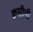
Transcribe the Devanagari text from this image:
क्वसीमी